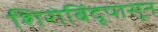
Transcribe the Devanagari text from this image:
शिरोबिंदूपासून